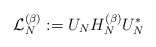
\begin{align*}\mathcal{L}_N^{(\beta)}:= U_N H_N^{(\beta)} U_N^*\end{align*}